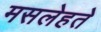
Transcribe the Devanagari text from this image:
मसलेहते